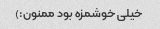
خیلی خوشمزه بود ممنون:)